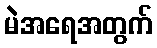
မဲအရေအတွက်